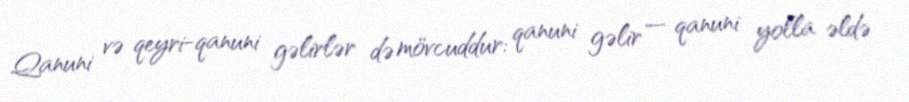
Qanuni və qeyri-qanuni gəlirlər də mövcuddur: qanuni gəlir — qanuni yolla əldə